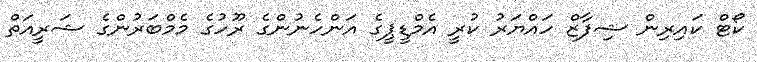
ކޯޓް ކައިރިން ޝިފާޒް ހައްޔަރު ކުރީ އެމްޑީޕީގެ އަންހެނުންގެ ރޫހުގެ މެމްބަރުންގެ ޝަރީއަތް